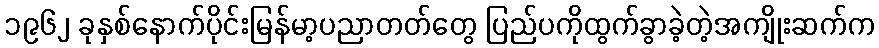
၁၉၆၂ ခုနှစ်နောက်ပိုင်းမြန်မာ့ပညာတတ်တွေ ပြည်ပကိုထွက်ခွာခဲ့တဲ့အကျိုးဆက်က